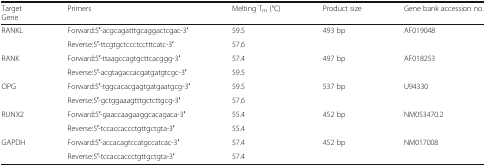
| TargetGene | Primers | Melting Tm (°C) | Product size | Gene bank accession no. |
 | --- | --- | --- | --- | --- |
 | <ROWSPAN=2> RANKL | Forward:5′-acgcagatttgcaggactcgac-3′ | 59.5 | 493 bp | AF019048 |
 | Reverse:5′-ttcgtgctccctcctttcatc-3′ | 57.6 |  |  |
 | <ROWSPAN=2> RANK | Forward:5′-ttaagccagtgcttcacggg-3′ | 57.4 | 497 bp | AF018253 |
 | Reverse:5′-acgtagaccacgatgatgtcgc-3′ | 59.5 |  |  |
 | <ROWSPAN=2> OPG | Forward:5′-tggcacacgagtgatgaatgcg-3′ | 59.5 | 537 bp | U94330 |
 | Reverse:5′-gctggaaagtttgctcttgcg-3′ | 57.6 |  |  |
 | <ROWSPAN=2> RUNX2 | Forward:5′-gaaccaagaaggcacagaca-3′ | 55.4 | 452 bp | NM053470.2 |
 | Reverse:5′-tccaccaccctgttgctgta-3′ | 55.4 |  |  |
 | <ROWSPAN=2> GAPDH | Forward:5′-accacagtccatgccatcac-3′ | 57.4 | 452 bp | NM017008 |
 | Reverse:5′-tccaccaccctgttgctgta-3′ | 57.4 |  |  |